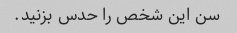
سن این شخص را حدس بزنید.